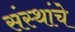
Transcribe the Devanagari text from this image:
संस्‍थांचे